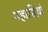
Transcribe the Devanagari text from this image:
पहाडिय़ां